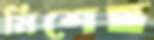
মিশেছ